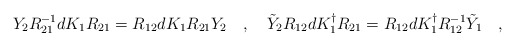
\begin{align*}Y_{2} R^{-1}_{21} dK_1 R_{21} = R_{12} d K_{1} R_{21} Y_{2}\quad, \quad\tilde{Y}_{2} R_{12} dK^{\dagger}_1 R_{21} = R_{12} dK^{\dagger}_{1} R^{-1}_{12} \tilde{Y}_{1} \quad ,\end{align*}